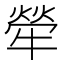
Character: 犖